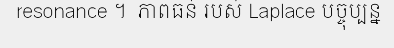
resonance ។  ភាពធន់ របស់ Laplace បច្ចុប្បន្ន